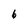
Character: 6